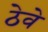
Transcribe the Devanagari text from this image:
ठेवे